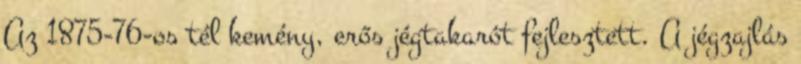
Az 1875-76-os tél kemény, erős jégtakarót fejlesztett. A jégzajlás